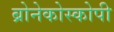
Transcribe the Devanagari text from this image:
ब्रोनेकोस्कोपी